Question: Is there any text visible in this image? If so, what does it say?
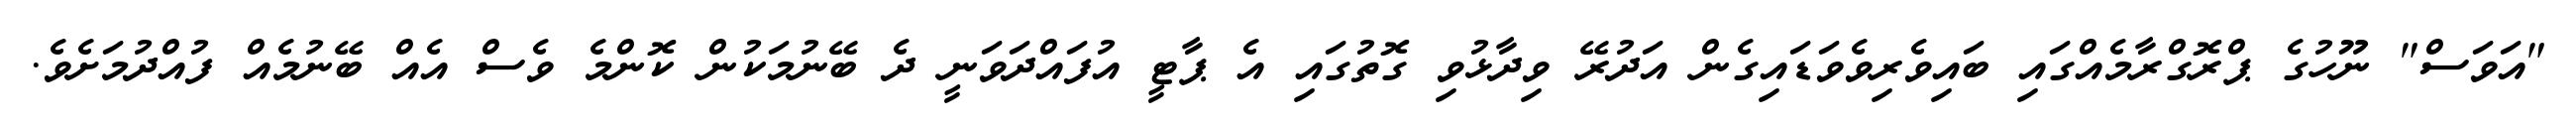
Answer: "އަވަސް" ނޫހުގެ ޕްރޮގްރާމެއްގައި ބައިވެރިވެވަޑައިގެން އަދުރޭ ވިދާޅުވި ގޮތުގައި އެ ޕާޓީ އުފައްދަވަނީ ދެ ބޭނުމަކުން ކޮންމެ ވެސް އެއް ބޭނުމެއް ފުއްދުމަށެވެ.